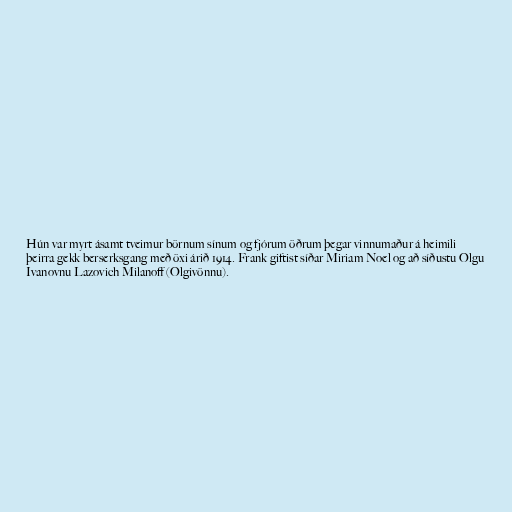
Hún var myrt ásamt tveimur börnum sínum og fjórum öðrum þegar vinnumaður á heimili
þeirra gekk berserksgang með öxi árið 1914. Frank giftist síðar Miriam Noel og að síðustu Olgu
Ivanovnu Lazovich Milanoff (Olgivönnu).